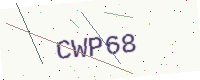
Text: CWP68